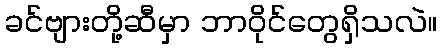
ခင်ဗျားတို့ဆီမှာ ဘာဝိုင်တွေရှိသလဲ။